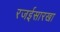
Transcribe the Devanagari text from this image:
रजईसारखा